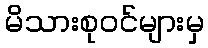
မိသားစုဝင်များမှ